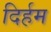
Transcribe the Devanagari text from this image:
दिर्हम